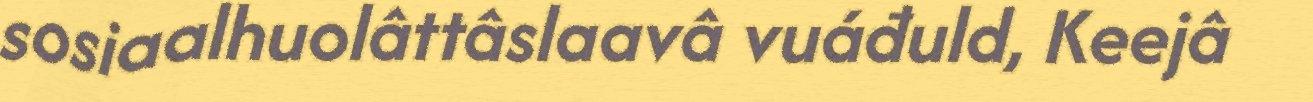
sosiaalhuolâttâslaavâ vuáđuld, Keejâ